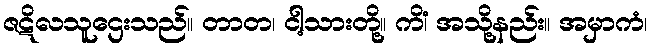
ဇဋိလသူဌေးသည်။ တာတ၊ ငါ့သားတို့။ ကိံ၊ အသို့နည်း။ အမှာကံ၊